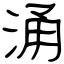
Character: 涌